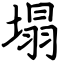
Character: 塌